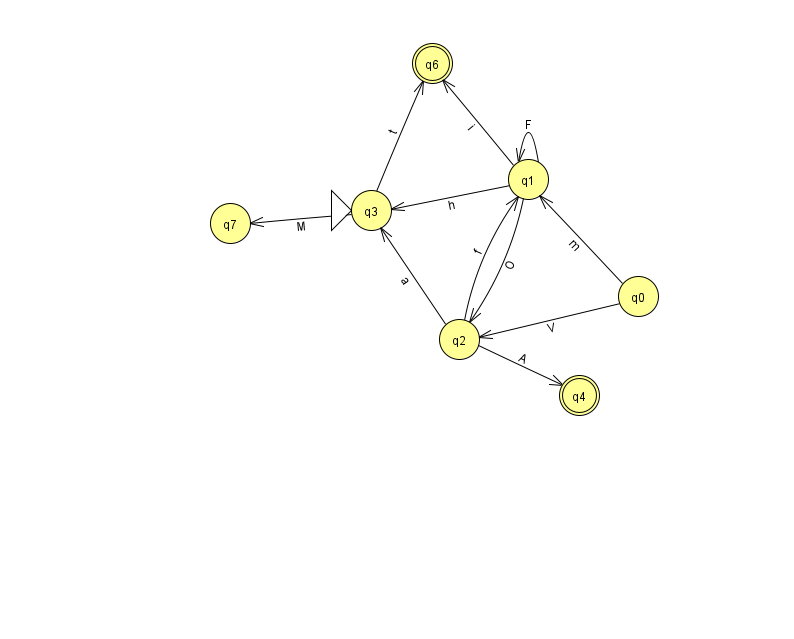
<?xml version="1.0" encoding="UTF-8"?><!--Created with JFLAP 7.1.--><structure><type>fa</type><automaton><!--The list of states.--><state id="0" name="q0"><x>638.0</x><y>283.0</y></state><state id="1" name="q1"><x>528.0</x><y>166.0</y></state><state id="2" name="q2"><x>459.0</x><y>326.0</y></state><state id="3" name="q3"><x>371.0</x><y>197.0</y><initial/></state><state id="4" name="q4"><x>579.0</x><y>382.0</y><final/></state><state id="6" name="q6"><x>432.0</x><y>50.0</y><final/></state><state id="7" name="q7"><x>230.0</x><y>210.0</y></state><!--The list of transitions.--><transition><from>0</from><to>2</to><read>V</read></transition><transition><from>1</from><to>3</to><read>h</read></transition><transition><from>2</from><to>4</to><read>A</read></transition><transition><from>1</from><to>1</to><read>F</read></transition><transition><from>2</from><to>1</to><read>f</read></transition><transition><from>2</from><to>3</to><read>a</read></transition><transition><from>0</from><to>1</to><read>m</read></transition><transition><from>3</from><to>6</to><read>t</read></transition><transition><from>1</from><to>2</to><read>O</read></transition><transition><from>3</from><to>7</to><read>M</read></transition><transition><from>1</from><to>6</to><read>i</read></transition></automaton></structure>